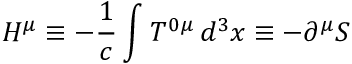
H ^ { \mu } \equiv - \frac { 1 } { c } \int T ^ { 0 \mu } \, d ^ { 3 } x \equiv - \partial ^ { \mu } S